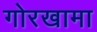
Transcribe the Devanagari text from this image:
गोरखामा